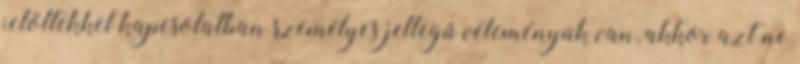
jelöltekkel kapcsolatban személyes jellegű véleményük van, akkor azt ne